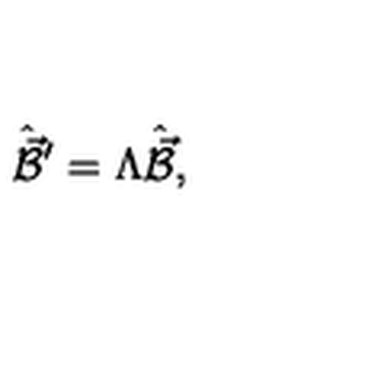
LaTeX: \hat { \vec { \cal B } } { } ^ { \prime } = \Lambda \hat { \vec { \cal B } } ,